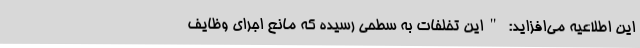
این اطلاعیه می‌افزاید: "این تخلفات به سطحی رسیده که مانع اجرای وظایف